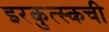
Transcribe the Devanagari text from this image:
इरकुत्स्कची